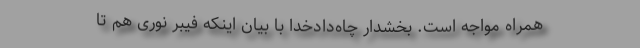
همراه مواجه است. بخشدار چاه‌دادخدا با بیان اینکه فیبر نوری هم تا